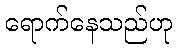
ရောက်နေသည်ဟု